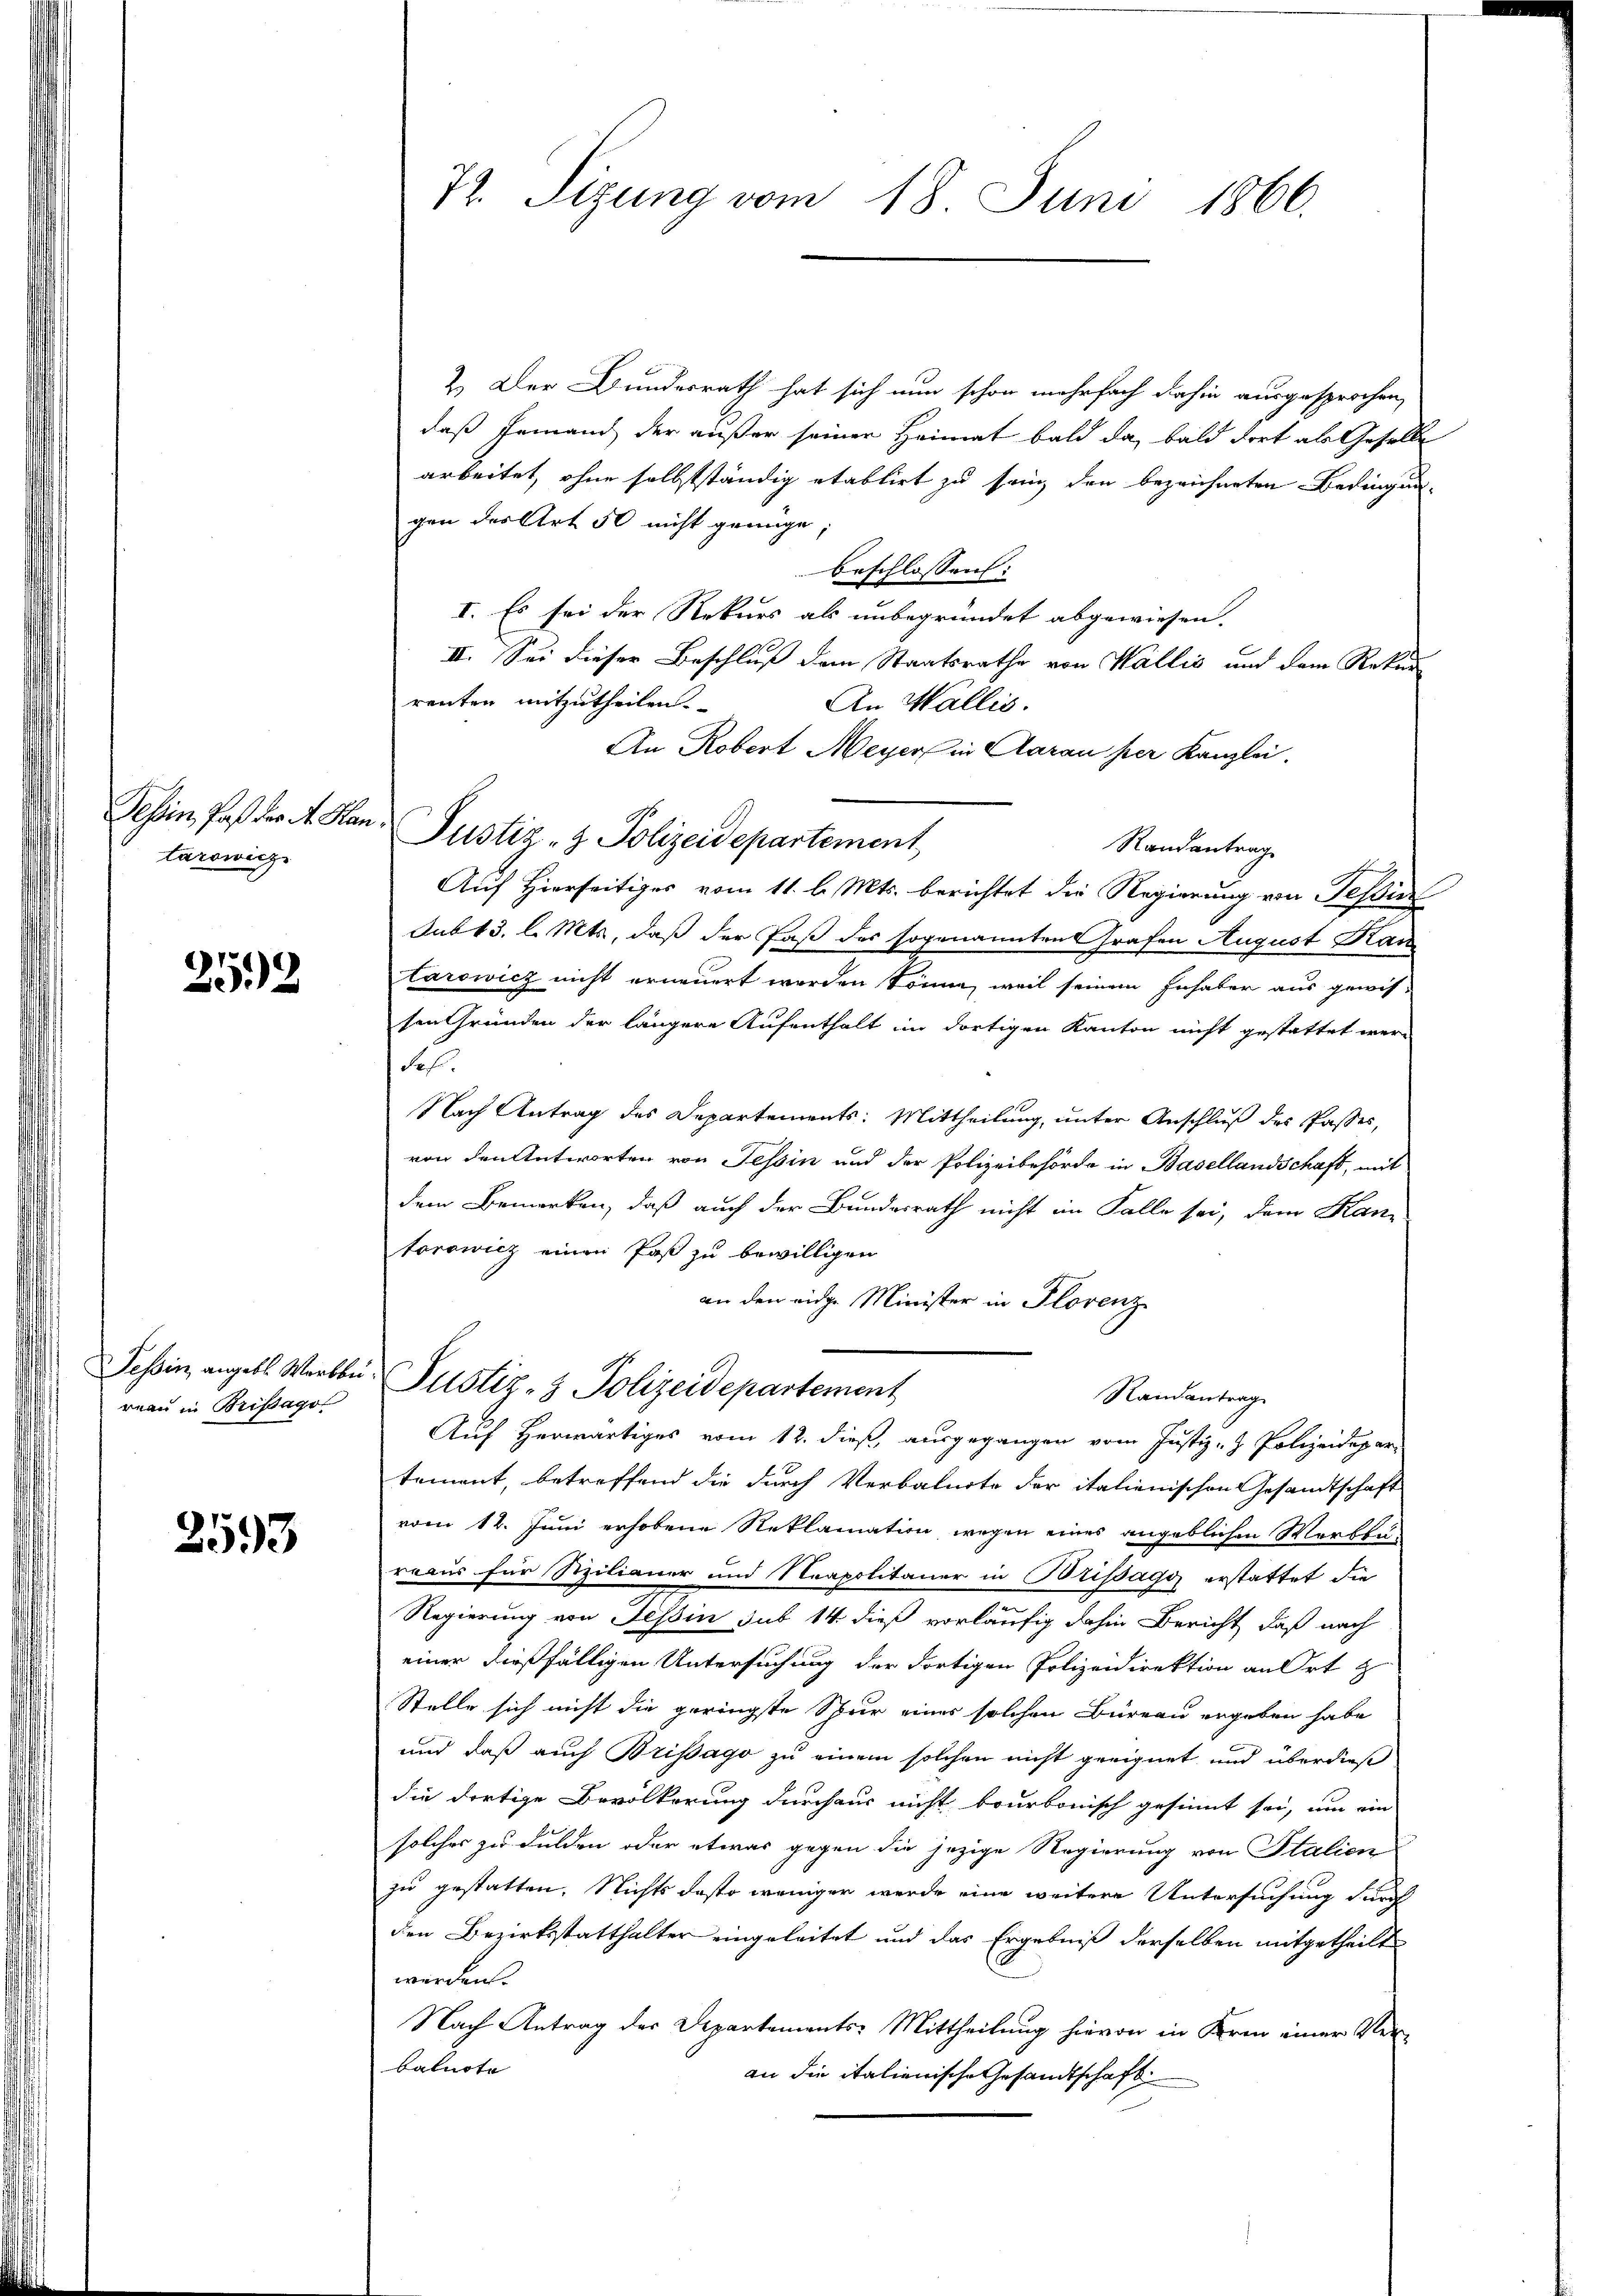
Tessin, daß der A. Han
tarowicz

252

Tessin, angebl. Werkbe
reau in Brisago

2593

72. Sizung vom 18. Juni 1866.

2.) Der Bundesrath hat sich nun schon mehrfach dahin ausgesprochen,
daß jemand der außer seiner Heimat bald da, bald dort als Geselle
arbeitet, ohne selbstständig etablirt zu sein den bezeichneten Bedingun-
gen der Art 50 nicht genüge;
beschlossen:
I. Es sei der Rekurs als unbegründet abgewiesen.
II. Sei dieser Beschluß dem Staatsrathe von Wallis und dem Rekur
renten mitzutheilen.
An Wallis.
An Robert Meyer in Aarau per Kanzlei.
Justiz- & Polizeidepartement
Randantrag
Auf Hierseitiges vom 11. l. Mts. berichtet die Regierung von Tessin
sub 13. l. Mts, daß der Paß des sogenannten Grafen August Kau
tarowicz nicht erneuert worden könne, weil seinem Inhaber aus gewis-
ten Gründen der längere Aufenthalt im dortigen Kanton nicht gestattet wer-
Sefr.
Nach Antrag des Departements: Mittheilung, unter Anschluß des Passes,
von den Antworten von Tessin und der Polizeibehörde in Basellandschaft, mit
dem Bemerken, daß auch der Bundesrath nicht im Falle sei, dem Hantorowicz einen Paß zu bewilligen
an den eidge Minister in Florenz
Justiz- & Polizeidepartement
Randantrag
Auf Herwärtiges vom 12. dieß, ausgegangen vom Justiz- & Polizeidepar
tement, betreffend die durch Verbalnote der italienischen Gesandtschaft
vom 12. Juni erhobene Reklamation wegen eines angeblichen Werkli
reaus für Sizilianer und Neapolitaner in Brissagy erstattet die
Regierung von Tessin sub 14 dieß vorläufig dahin Bericht, daß nach
einer dießfälligen Untersuchung der dortigen Polizeidirektion an Ort z
Stelle sich nicht die geringste Spur eines solchen Büreau ergeben habe
und daß auch Brissago zu einem solchen nicht geeignet und überdieß
die dortige Bevölkerung durchaus nicht beurbonisch gesinnt sei, um ein
solches zu dulden oder etwas gegen die jezige Regierung von Italien
zu gestatten. Nichts desto weniger werde eine weitere Untersuchung durch
den Bezirksstatthalter eingeleitet und das Ergebniß derselben mitgetheilt
werden.
Nach Antrag der Departements-Mittheilung hievon in Krin einer Verbalnote
an die italienische Gesandtschaft